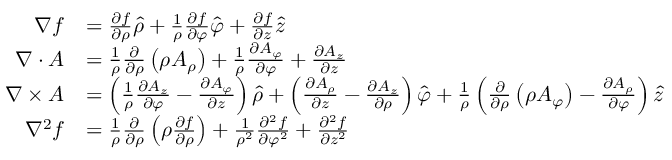
{ \begin{array} { r l } { \nabla f } & { = { \frac { \partial f } { \partial \rho } } { \boldsymbol { \hat { \rho } } } + { \frac { 1 } { \rho } } { \frac { \partial f } { \partial \varphi } } { \boldsymbol { \hat { \varphi } } } + { \frac { \partial f } { \partial z } } { \boldsymbol { \hat { z } } } } \\ { \nabla \cdot { \boldsymbol { A } } } & { = { \frac { 1 } { \rho } } { \frac { \partial } { \partial \rho } } \left( \rho A _ { \rho } \right) + { \frac { 1 } { \rho } } { \frac { \partial A _ { \varphi } } { \partial \varphi } } + { \frac { \partial A _ { z } } { \partial z } } } \\ { \nabla \times { \boldsymbol { A } } } & { = \left( { \frac { 1 } { \rho } } { \frac { \partial A _ { z } } { \partial \varphi } } - { \frac { \partial A _ { \varphi } } { \partial z } } \right) { \boldsymbol { \hat { \rho } } } + \left( { \frac { \partial A _ { \rho } } { \partial z } } - { \frac { \partial A _ { z } } { \partial \rho } } \right) { \boldsymbol { \hat { \varphi } } } + { \frac { 1 } { \rho } } \left( { \frac { \partial } { \partial \rho } } \left( \rho A _ { \varphi } \right) - { \frac { \partial A _ { \rho } } { \partial \varphi } } \right) { \boldsymbol { \hat { z } } } } \\ { \nabla ^ { 2 } f } & { = { \frac { 1 } { \rho } } { \frac { \partial } { \partial \rho } } \left( \rho { \frac { \partial f } { \partial \rho } } \right) + { \frac { 1 } { \rho ^ { 2 } } } { \frac { \partial ^ { 2 } f } { \partial \varphi ^ { 2 } } } + { \frac { \partial ^ { 2 } f } { \partial z ^ { 2 } } } } \end{array} }